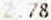
2.78